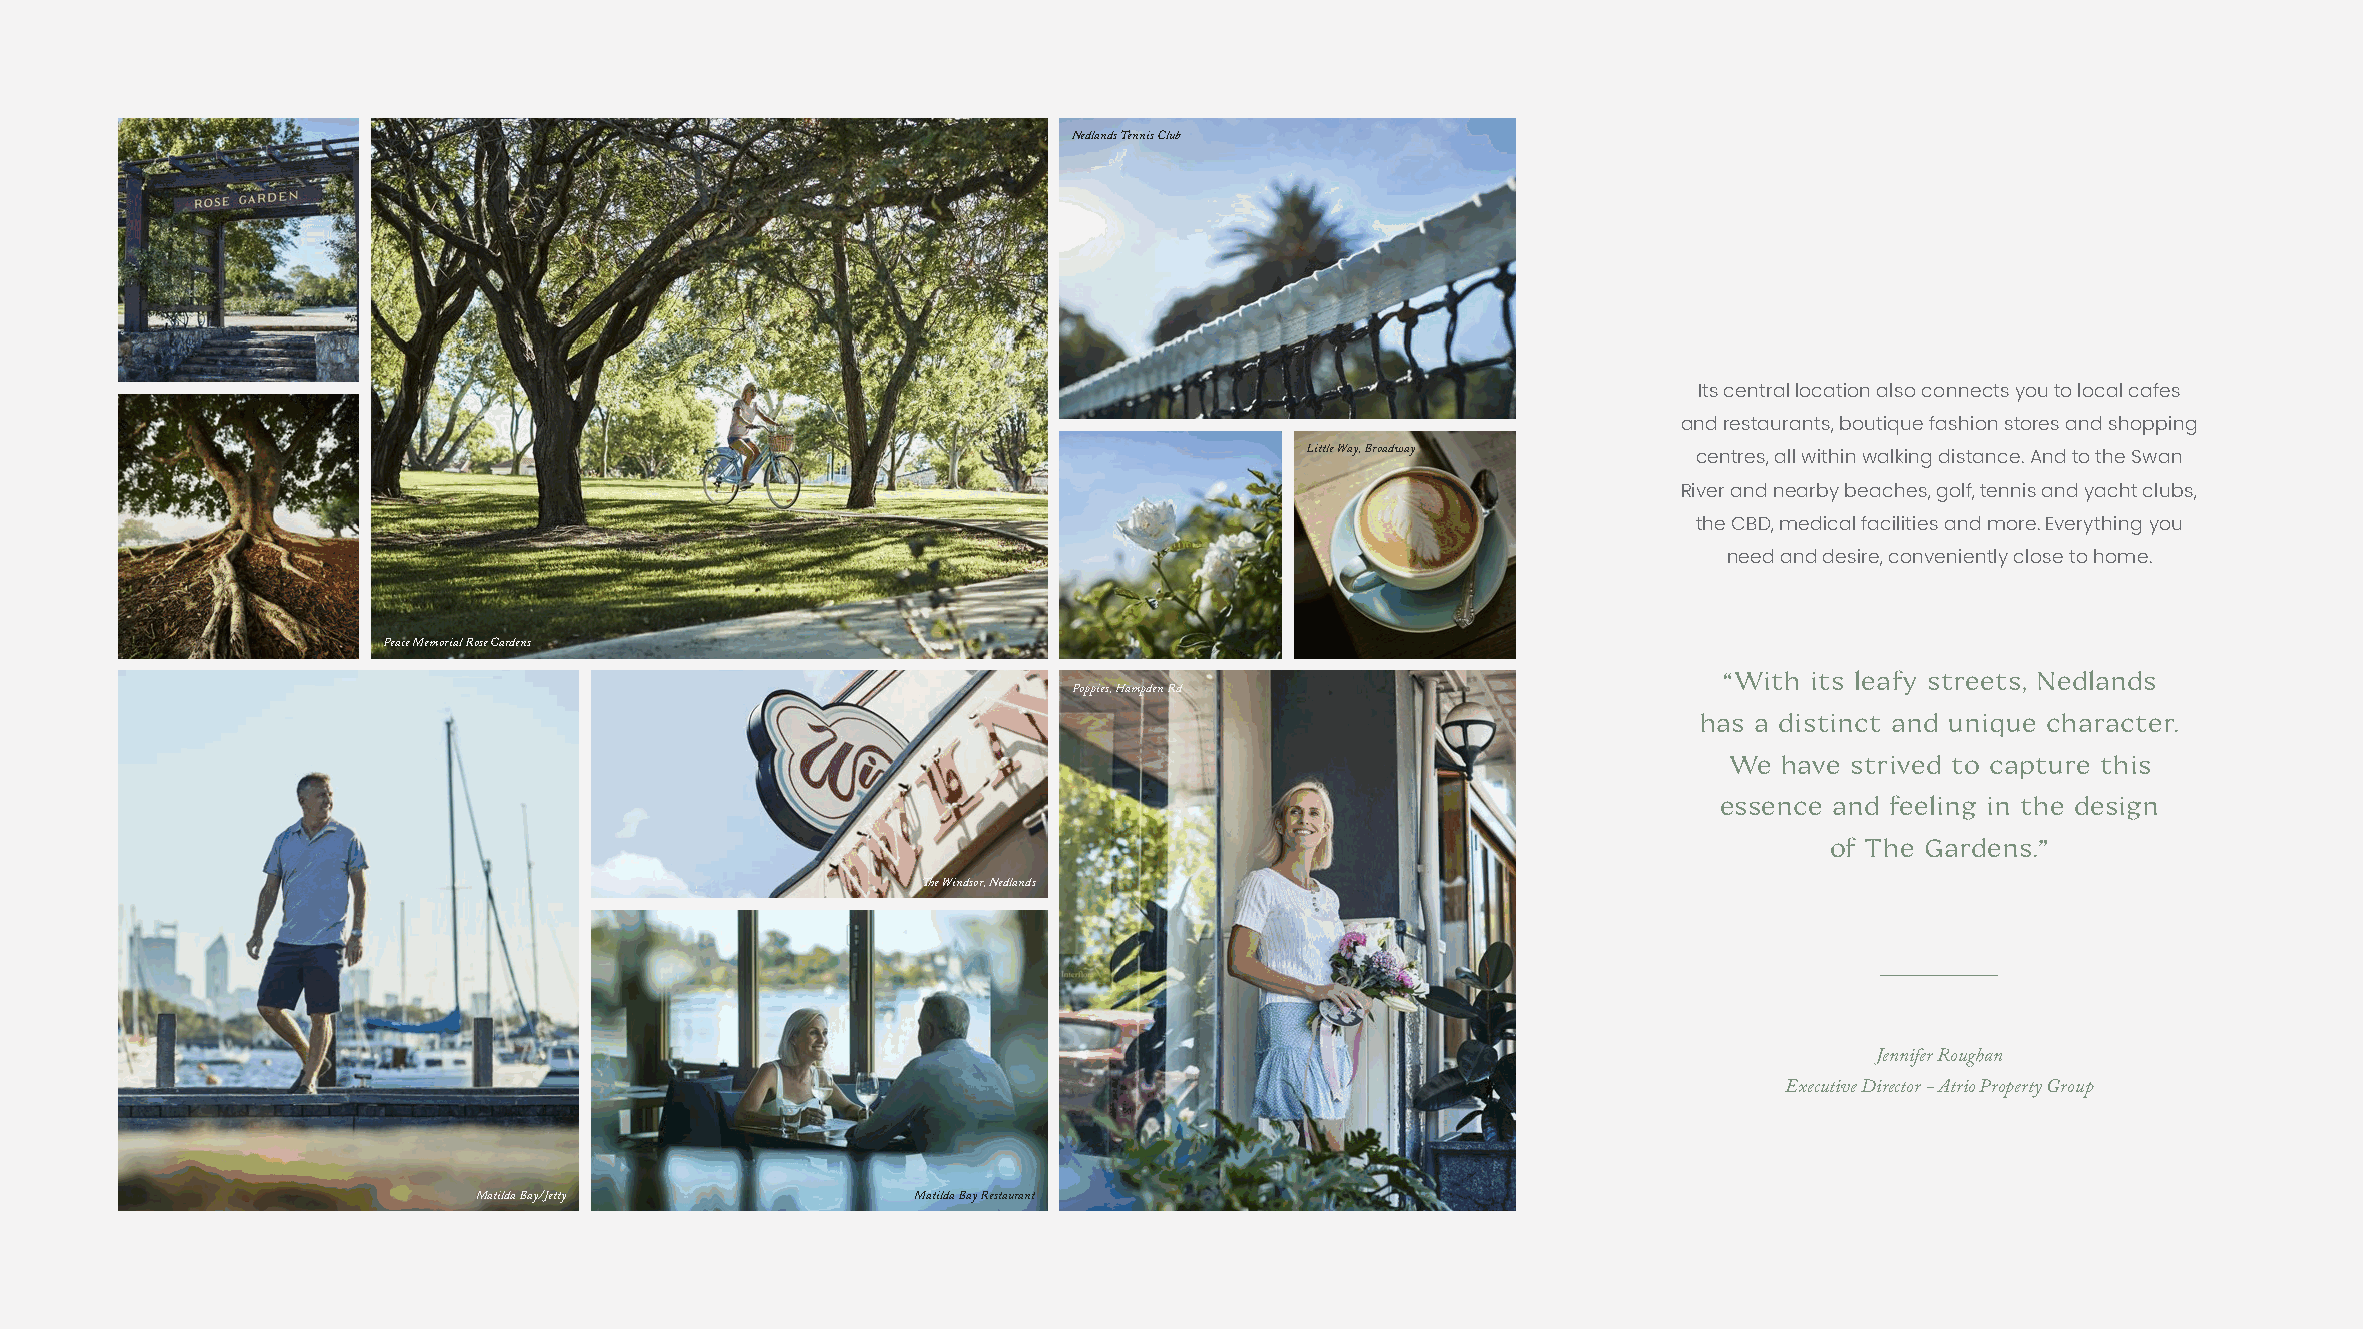
Nedlands Tennis Club
 Its central location also connects you to local cafes
 and restaurants, boutique fashion stores and shopping
 Little Way, Broadway
 centres, all within walking distance. And to the Swan
 River and nearby beaches, golf, tennis and yacht clubs,
 the CBD, medical facilities and more. Everything you
 need and desire, conveniently close to home.
 Peace Memorial Rose Gardens
 “With its leafy streets, Nedlands
 Poppies, Hampden Rd
 has a distinct and unique character.
 We  have strived to capture this
 essence and feeling in the design
 of The Gardens.”
 The Windsor, Nedlands
 Jennifer Roughan
 Executive Director - Atrio Property Group
 Matilda Bay/Jetty             Matilda Bay Restaurant